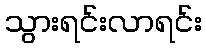
သွားရင်းလာရင်း